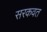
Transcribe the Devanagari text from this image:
सरकवत